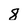
Character: 8